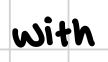
Text: with
Cross-out: clean
Writing tool: digital_black